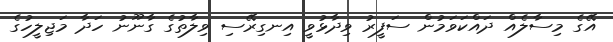
އޭގެ މިސާލެއް ދައްކަވަމުން ސަފީރު ވިދާޅުވީ އިނގިރޭސި ވިލާތުގެ ގާނޫނު ހަދާ މަޖިލީހުގެ